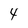
Character: 4